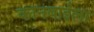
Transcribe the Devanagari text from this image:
कानबाईला